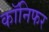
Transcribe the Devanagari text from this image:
कॉनिफर